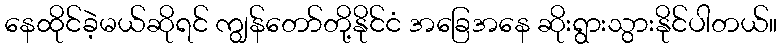
နေထိုင်ခဲ့မယ်ဆိုရင် ကျွန်တော်တို့နိုင်ငံ အခြေအနေ ဆိုးရွားသွားနိုင်ပါတယ်။